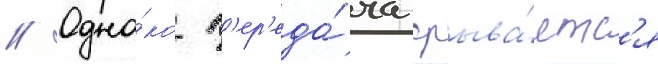
// Одна́ко п'ер'еда́ча срыва́етс'я